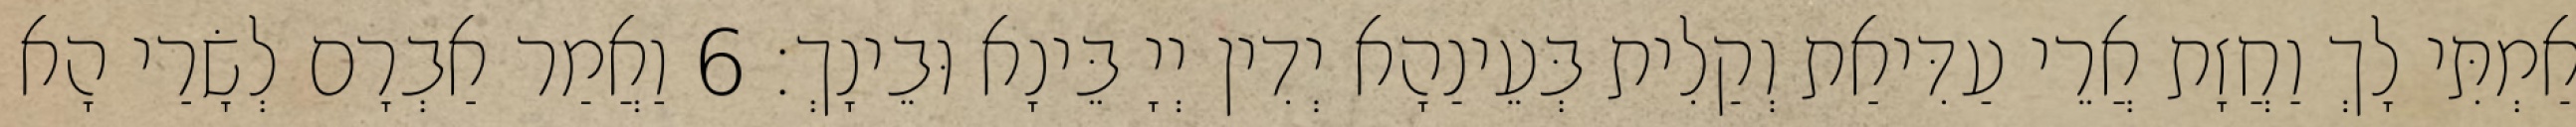
אַמְתִּי לָךְ וַחֲזָת אֲרֵי עַדִּיאַת וְקַלִית בְּעֵינַהָא יְדִין יְיָ בֵּינָא וּבֵינָךְ׃ 6 וַאֲמַר אַבְרָם לְשָׂרַי הָא